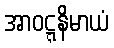
အာဝဋ္ဋနိမာယံ